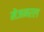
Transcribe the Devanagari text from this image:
मेंजनरल